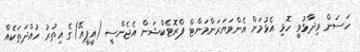
ހަސަން ވިދާޅުވީ ހޮޅި އެޅުމަށް އެންވަޔަރަންމަންޓް ޕްރޮޓެކްޝަން އެޖެންސީ (އީޕީއޭ)ގެ އިތުރު ހުއްދަތަކެއް